Lunatic asylums in Bengal annual reports 1888-1898 - 1888-1898
Year: 1888
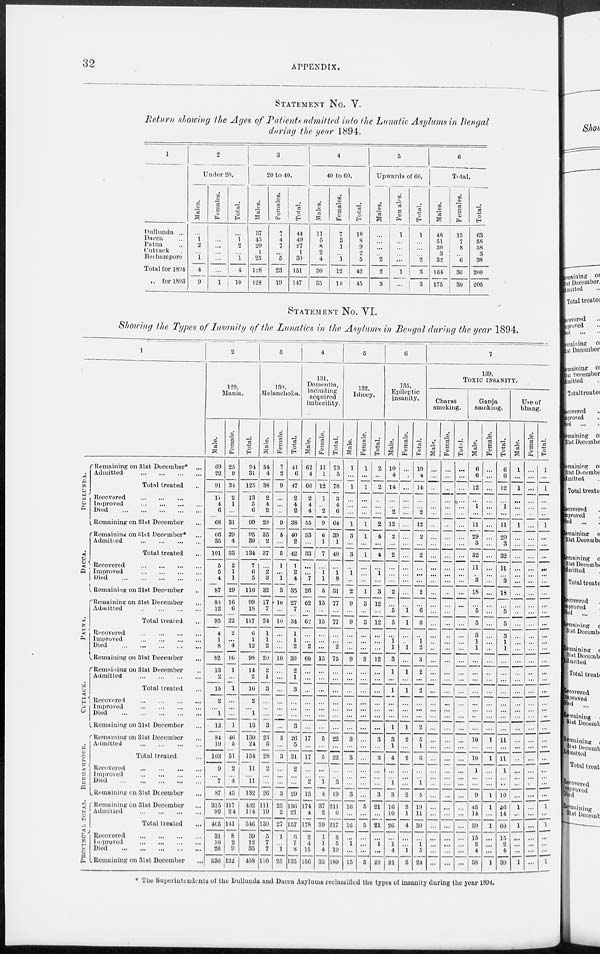
32
APPENDIX.
STATEMENT NO. V.
Return showing the Ages of Patients admitted into the Lunatic Asylums in Bengal
during the year 1894.
1
Dullunda ...
Dacca ...
Patna ...
Cuttack ...
Berhampore
Total for 1804
„ for 1893
2
Under 20.
Males.
...
1 2
...
1
4
9
Females.
...
...
...
...
...
...
1
Total.
...
1
2
...
1
4
10
3
20 to 40.
Males.
37
45
20
1
25
128
128
Females.
7
4
7
...
5
23
19
Total.
44
49
27
1
30
151
147
4
40 to 60.
Males.
11
5
8
2
4
30
35
Females.
7
3
1
...
1
12
10
Total.
18
8
9
2
5
42
45
5
Upwards of 60.
Males.
...
...
...
...
2
2
3
Females.
1
...
...
...
...
1
...
Total.
1
...
...
...
2
3
3
6
Total.
Males.
48
51
30
3
32
164
175
Females.
15
7
8
...
6
36
30
Total.
63
58
38
3
38
200
205
STATEMENT NO. VI.
Showing the Types of Insanity of the Lunatics in the Asylums in Bengal during the year 1894.
1
DULLUNDA.
DACCA.
PATNA.
CUT T ACK.
BERHAMPORE.
PROVINCIAL TOTAL.
Remaining on 31st December* ...
Admitted
...
...
...
...
Total treated ...
Recovered
...
...
...
Improved
...
...
...
...
Died
...
...
...
...
Remaining on 31 st December ...
Remaining on 31st December* ...
Admitted
...
...
...
...
Total treated ...
Recovered ... ... ... ...
Improved ... ... ... ...
Died ... ... ... ... ...
Remaining on 31st December ...
Remaining on 31st December ...
Admitted
...
...
...
...
Total treated ...
Recovered
...
...
...
...
Improved
...
...
...
...
Died ... ... ... ... ...
Remaining on 31st December ...
Remaining on 31st December ...
Admitted
...
...
...
...
Total treated ...
Recovered
...
...
...
...
Improved
...
...
...
...
Died
...
...
...
...
...
Remaining on Slut December ...
Remnining on 31st December ...
Admitted
...
...
...
...
Total treated ...
Recovered
...
...
...
...
Improved
...
...
...
...
Died
...
...
...
...
...
Remaining on 31st December ...
Remaining on 31st December ...
Admitted
...
...
...
...
Total treated
...
Recovered
...
...
...
...
Improved
...
...
...
...
Died
...
...
...
...
...
Remaining on 31st December
...
2
129.
Mania.
Male.
69
22
91
11
4
6
68
66
35
101
5
5
4
87
83
12
95
4
1
8
82
13
2
15
2
...
1
12
84
19
103
9
...
7
87
315
90
405
31
10
26
336
Female.
25
9
34
2
1
...
31
29
4
33
2
1
1
29
16
6
22
2
...
4
16
1
...
1
...
...
...
1
46
5
51
2
...
4
45
117
24
141
8
2
9
122
Total.
94
31
125
13
5 6
99
95
39
134
7
6
5
116
99
18
117
6
1
12
98
14
2
16
2
...
1
13
130
24
154
11
...
11
132
432
114
546
39
12
35
458
3
130.
Melancholia.
Male.
34
4
38
2
4
2
29
35
2
37
...
2
3
32
17
7
24
1
1
2
20
2
1
3
...
...
...
3
23
5
28
2
...
...
26
111
19
130
5
7
7
110
Female.
7
2
9
...
...
...
9
5
...
5
1
... 1
3
10
...
10
...
...
...
10
...
...
...
...
...
...
...
3
...
3
...
...
...
3
25
2
27
1
...
1
25
Total.
41
6
47
2
4
2
38
40
2
42
1
2
4
35
27
7
34
1
1
2
30
2
1
3
...
...
...
3
26
5
31
2
...
...
29
136
21
157
6
7
8
135
4
131.
Dementia,
including
acquired
imbecility.
Male.
62
4
66
2
4
4
55
33
...
33
...
... 7
26
62
...
62
...
...
2
60
...
...
...
...
...
...
...
17
...
17
...
...
2
15
174
4
178
2
4
15
156
Female.
11
1
12
1
...
2
9
6
1
7
...
1
1
5
15
...
15
...
...
...
15
...
...
...
...
...
...
...
5
...
5
...
...
1
4
37
2
39
1
1
4
33
Total.
73
5
78
3
4
6
64
39
1
40
...
1
8
31
77
77
...
...
2
75
...
...
...
...
...
...
...
22
...
22
...
...
3
19
211
6
217
3
5
19
189
5
132.
Idiocy.
Male.
1
...
1
...
...
...
1
3
...
3
...
1
...
2
9
...
9
...
...
...
9
...
...
...
...
...
...
...
3
...
3
...
...
...
3
16
...
16
...
1
...
15
Female.
1
...
1
...
...
...
1
1
...
1
...
...
...
1
3
...
3
...
...
...
3
...
...
...
...
...
...
...
...
...
...
...
...
...
...
5
...
5
...
...
...
5
Total.
2
...
2
...
...
...
2
4
...
4
...
1
...
3
12
...
12
...
...
...
12
...
...
...
...
...
...
...
3
...
3
...
...
...
3
21
...
21
...
1
...
20
6
135.
Epileptic
insanity.
Male.
10
4
14
...
...
2
12
2
...
2
...
...
...
2
... 5
5
...
1
1
3
1
...
1
...
...
...
1
3
1
4
...
1
3
16
10
26
...
1
4
21
Female.
...
...
...
...
...
...
...
...
...
...
...
...
...
...
... 11
1
...
...
1
...
1
...
1
...
...
...
1
2
...
2
...
...
...
2
3
1
4
...
...
1
3
Total.
10
4
14
...
...
2
12
2
...
2
...
...
...
2
... 6
6
...
1
2
3
2
...
2
...
...
...
2
5
1
6
...
...
1
5
19
11
30
...
1
5
24
7
139.
TOXIC INSANITY.
Charas
smoking.
Male.
...
...
...
...
...
...
..
...
...
...
...
...
...
...
...
...
...
...
...
...
...
... ...
...
...
...
...
...
...
...
...
...
...
...
...
...
...
...
...
...
...
...
Female.
...
...
...
...
...
...
...
...
...
...
...
...
...
...
...
...
...
...
...
...
...
...
...
...
...
...
...
...
...
...
...
...
...
...
...
...
...
...
...
...
...
...
Total.
...
...
...
...
...
...
...
...
...
...
...
...
...
...
...
...
...
...
...
...
...
...
...
...
...
...
...
...
...
...
...
...
...
...
...
...
...
...
...
...
...
...
Ganja
smoking.
Male.
6
6
12
...
1
...
11
29
3
32
11
...
3
18
...
5
5
3
1
1
...
...
...
...
...
...
...
...
10
...
10
1
...
...
9
45
14
59
15
2
4
38
Female.
...
...
...
...
...
...
...
... ...
...
...
...
...
...
...
...
...
...
...
...
...
...
...
...
...
...
...
...
1
...
1
...
...
...
1
1
...
1
...
...
...
1
Total,
6
6
12
...
1
...
11
29
3
32
11
...
3
18
... 5
5
3
1
1
...
...
...
...
...
...
...
...
11
...
11
1
...
...
10
46
14
60
15
2
4
39
Use of
bhang.
Male.
1
...
1
...
...
...
1
...
...
...
...
...
...
...
...
...
...
...
...
...
...
...
...
...
...
...
...
...
...
...
...
...
...
...
...
1
...
1
...
...
...
1
Female.
...
...
...
...
...
...
...
...
...
...
...
...
...
...
...
...
...
...
...
...
...
...
...
...
...
...
...
...
...
...
...
...
...
...
...
...
...
...
...
...
...
...
Total.
1
...
1
...
...
...
1
...
...
...
...
...
...
...
...
...
...
...
...
...
...
...
...
...
...
...
...
...
...
...
...
...
...
...
...
1
...
1
...
...
...
1
* The Superintendents of the Dullunda and Dacca Asylums reclassified the types of insanity during the year 1894.